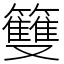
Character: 䉶